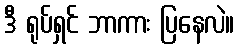
ဒီ ရုပ်ရှင် ဘာကား ပြနေလဲ။